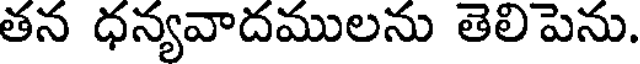
తన ధన్యవాదములను తెలిపెను.